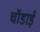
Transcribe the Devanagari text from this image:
चॉडाई